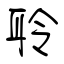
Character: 聆